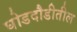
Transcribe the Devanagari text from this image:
घोडदौडीतील